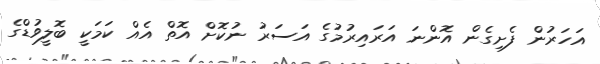
އަހަރުން ފެށިގެން އޮންނަ އަރައިރުމުގެ އަސަރު ނުކޮށް އޮތް އެއް ކަމަކީ ބޮލީވުޑްގެ